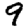
Digit: 9